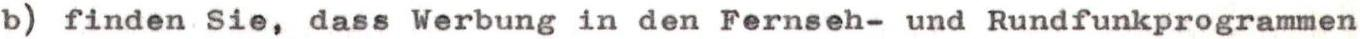
b) finden Sie, dass Werbung in den Fernseh- und Rundfunkprogrammen